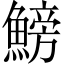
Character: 鰟